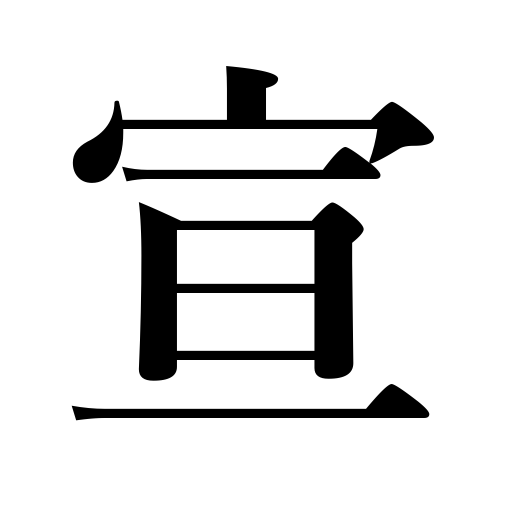
Meanings: be pleased to say,say